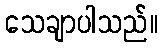
သေချာပါသည်။